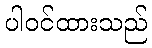
ပါဝင်ထားသည်